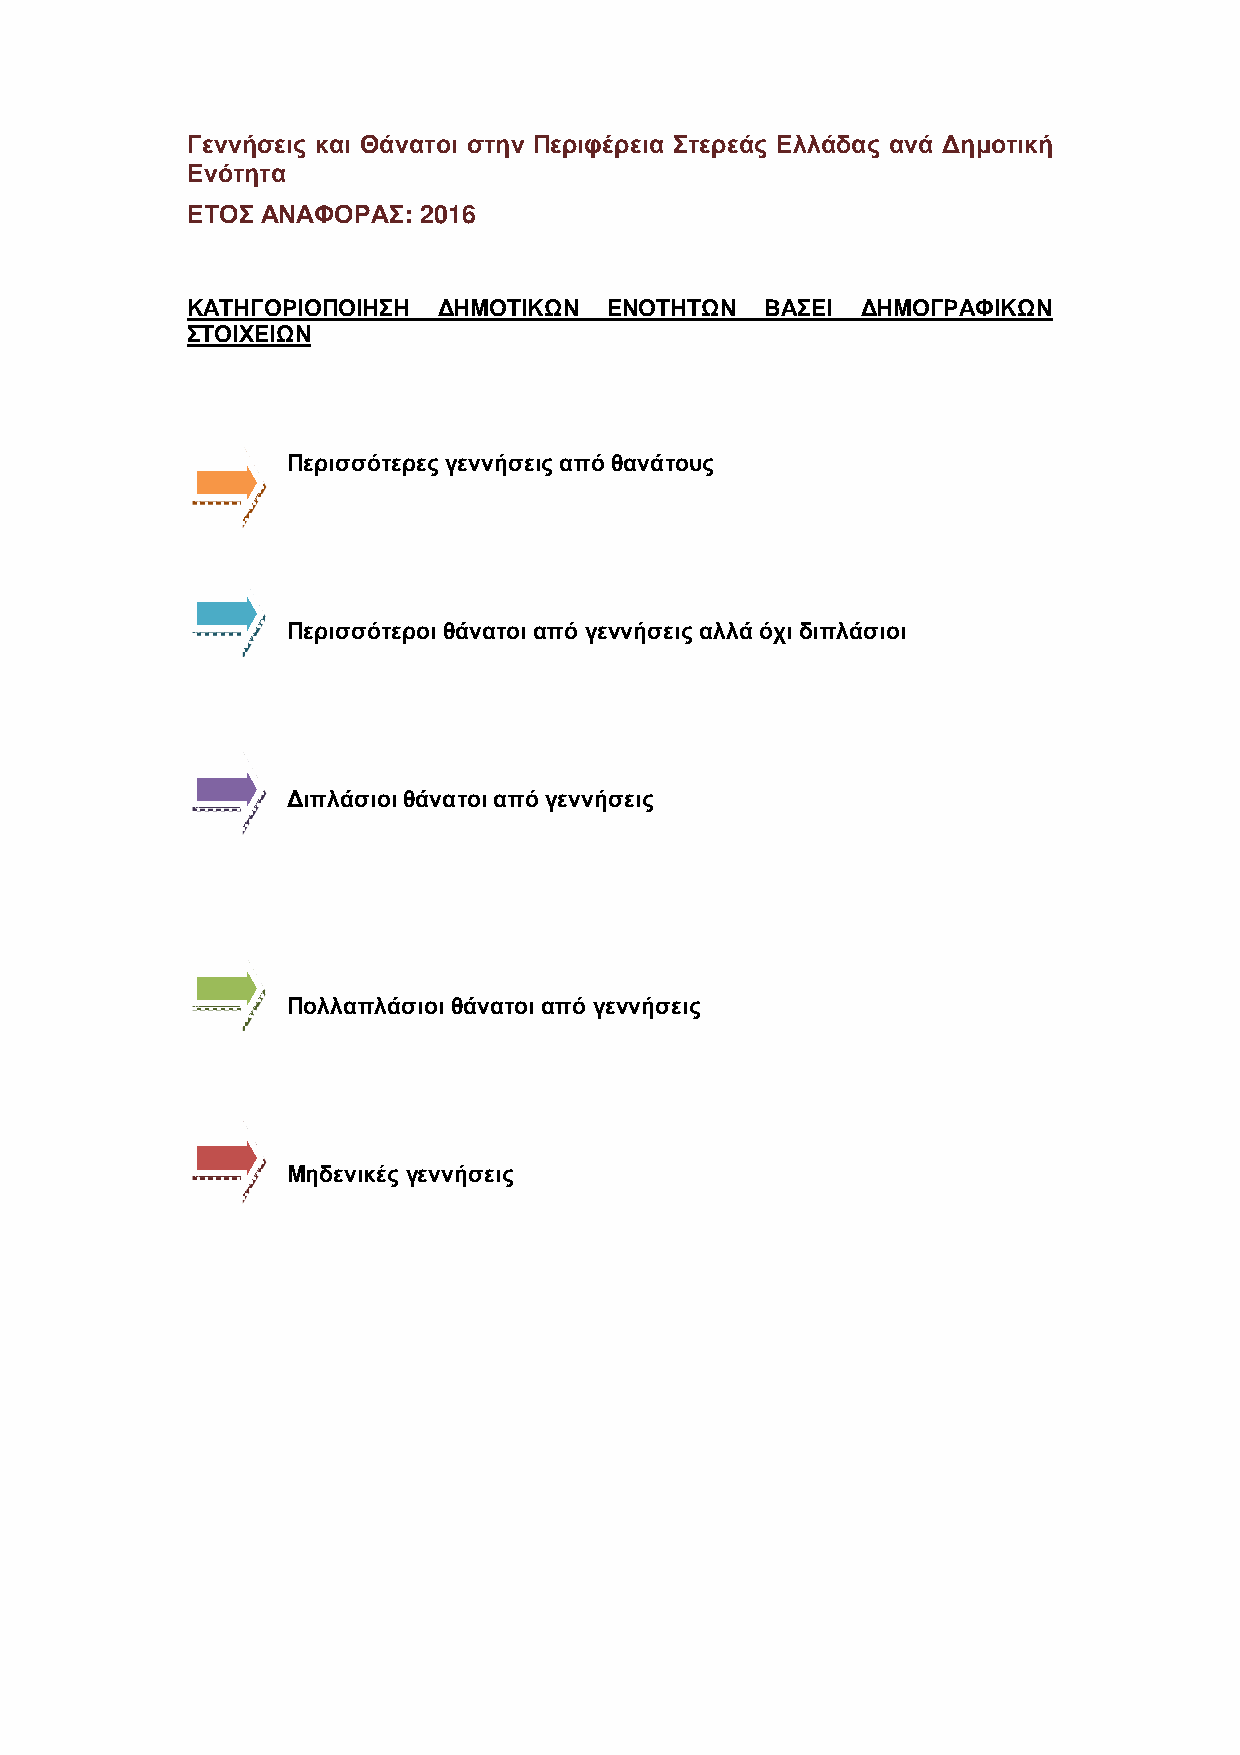
Γεννήσεις και Θάνατοι στην Περιφέρεια Στερεάς Ελλάδας ανά Δημοτική
 Ενότητα
 ΕΤΟΣ ΑΝΑΦΟΡΑΣ:  2016
 ΚΑΤΗΓΟΡΙΟΠΟΙΗΣΗ  ΔΗΜΟΤΙΚΩΝ  ΕΝΟΤΗΤΩΝ   ΒΑΣΕΙ ΔΗΜΟΓΡΑΦΙΚΩΝ
 ΣΤΟΙΧΕΙΩΝ
 Περισσότερες γεννήσεις από θανάτους
 Περισσότεροι θάνατοι από γεννήσεις αλλά όχι διπλάσιοι
 Διπλάσιοι θάνατοι από γεννήσεις
 Πολλαπλάσιοι θάνατοι από γεννήσεις
 Μηδενικές γεννήσεις